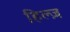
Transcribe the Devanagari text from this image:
हिल्ज़